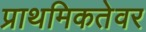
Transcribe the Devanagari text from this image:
प्राथमिकतेवर